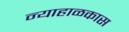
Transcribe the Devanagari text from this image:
न्याहाळकास